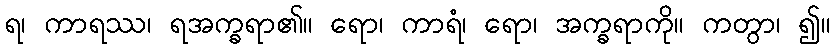
ရ၊ ကာရဿ၊ ရအက္ခရာ၏။ ရော၊ ကာရံ၊ ရော၊ အက္ခရာကို။ ကတွာ၊ ၍။